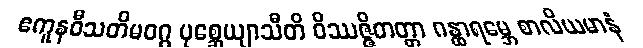
ဧကူနဝီသတိမဝဂ္ဂ ပုစ္ဆေယျာသီတိ ဝိဿဇ္ဇိတတ္တာ ဂန္ထာရမ္ဘေ စာလိယမာနံ